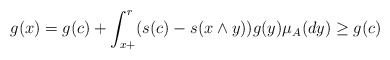
\begin{align*}g(x)= g(c) + \int_{x+}^r( s(c)-s(x \wedge y))g(y)\mu_A(dy) \geq g(c)\end{align*}